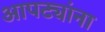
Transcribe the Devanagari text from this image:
आपट्यांना